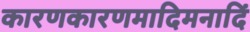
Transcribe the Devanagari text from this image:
कारणकारणमादिमनादिं